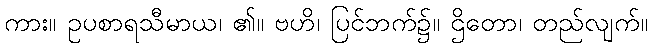
ကား။ ဥပစာရသီမာယ၊ ၏။ ဗဟိ၊ ပြင်ဘက်၌။ ဌိတော၊ တည်လျက်။